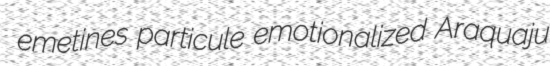
emetines particule emotionalized Araquaju